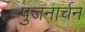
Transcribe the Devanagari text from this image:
पुजनार्चन